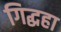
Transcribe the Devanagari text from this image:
गिद्धहा